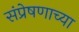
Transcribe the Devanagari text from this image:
संप्रेषणाच्या